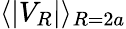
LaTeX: \langle|V_{R}|\rangle_{R=2a}